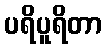
ပရိပူရိတာ